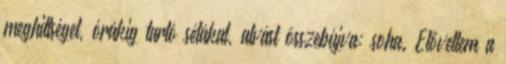
meghittséget, órákig tartó sétákat, alvást összebújva: soha. Elővettem a